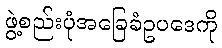
ဖွဲ့စည်းပုံအခြေခံဥပဒေကို